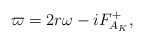
\begin{align*}\varpi=2r\omega-iF_{A_K}^+,\end{align*}